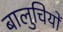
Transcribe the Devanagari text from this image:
बालुचियों